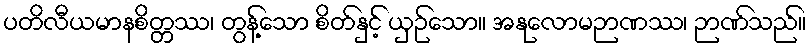
ပတိလီယမာနစိတ္တဿ၊ တွန့်သော စိတ်နှင့် ယှဉ်သော။ အနုလောမဉာဏဿ၊ ဉာဏ်သည်။